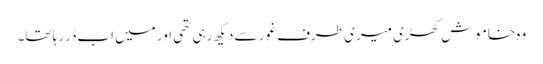
وہ خاموش کھڑی میری طرف غور سے دیکھ رہی تھی اور میں اب ڈر رہا تھا۔